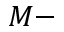
M -